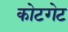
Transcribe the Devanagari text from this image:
कोटगेट